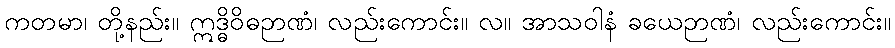
ကတမာ၊ တို့နည်း။ ဣဒ္ဓိဝိဓဉာဏံ၊ လည်းကောင်း။ လ။ အာသဝါနံ ခယေဉာဏံ၊ လည်းကောင်း။